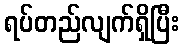
ရပ်တည်လျက်ရှိပြီး